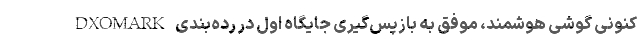
کنونی گوشی هوشمند، موفق به بازپس‌گیری جایگاه اول در رده‌بندی DXOMARK